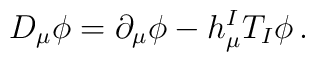
D_\mu \phi =\partial _\mu \phi -h_\mu ^I T_I\phi \,.